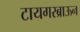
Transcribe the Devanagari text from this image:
टायगरब्राऊन